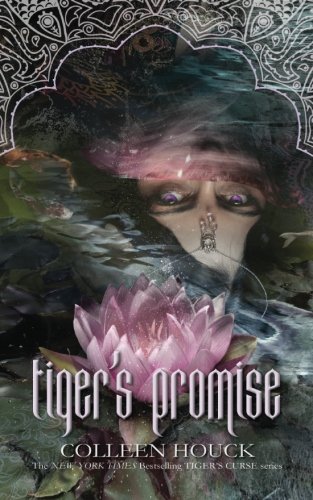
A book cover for Tiger's Promise: A Tiger's Curse Novella (The Tiger's Curse Series); Colleen Houck; Teen & Young Adult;